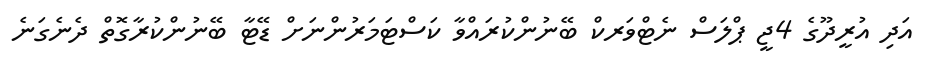
އަދި އުރީދޫގެ 4ޖީ ޕްލަސް ނެޓްވަރކް ބޭނުންކުރައްވާ ކަސްޓަމަރުންނަށް ޑޭޓާ ބޭނުންކުރާގޮތް ދެނެގަނެ